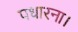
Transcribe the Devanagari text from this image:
पधारना।